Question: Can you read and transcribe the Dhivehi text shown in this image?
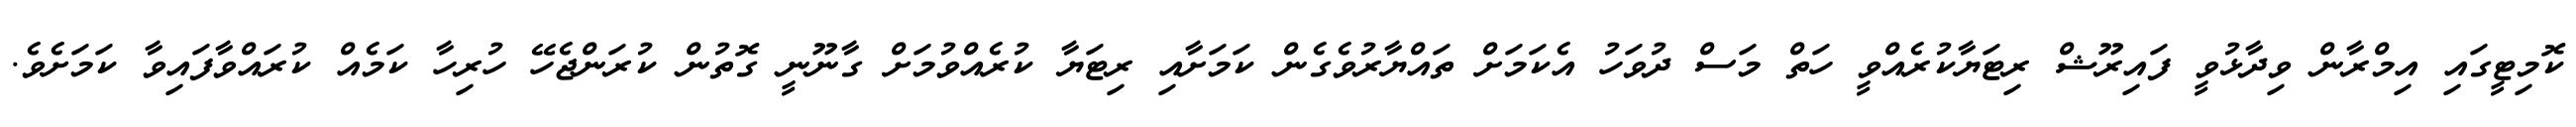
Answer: ކޮމިޓީގައި އިމްރާން ވިދާޅުވީ ފައިރޫޝް ރިޓަޔާކުރެއްވީ ހަތް މަސް ދުވަހު އެކަމަށް ތައްޔާރުވެގެން ކަމަށާއި ރިޓަޔާ ކުރެއްވުމަށް ގާނޫނީ ގޮތުން ކުރަންޖެހޭ ހުރިހާ ކަމެއް ކުރައްވާފައިވާ ކަމަށެވެ.